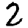
Digit: 2